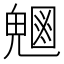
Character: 𭀸